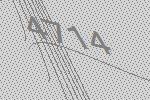
4714